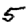
Digit: 5